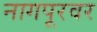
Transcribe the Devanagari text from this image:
नागपूरवर